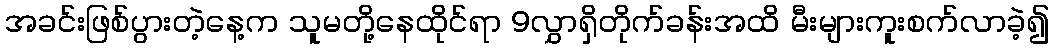
အခင်းဖြစ်ပွားတဲ့နေ့က သူမတို့နေထိုင်ရာ 9လွှာရှိတိုက်ခန်းအထိ မီးများကူးစက်လာခဲ့၍